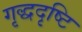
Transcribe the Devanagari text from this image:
गृद्धदृष्टि